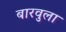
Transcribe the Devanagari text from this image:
बारवुला